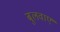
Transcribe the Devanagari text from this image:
बुलवाए